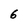
Character: 6